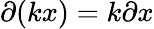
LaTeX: \partial(kx)=k\partial x